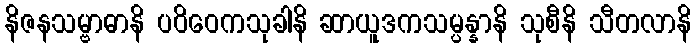
နိဇနသမ္ဗာဓာနိ ပဝိဝေကသုခါနိ ဆာယူဒကသမ္ပန္နာနိ သုစီနိ သီတလာနိ